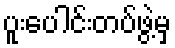
ပူးပေါင်းတပ်ဖွဲ့မှ